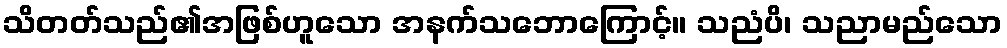
သိတတ်သည်၏အဖြစ်ဟူသော အနက်သဘောကြောင့်။ သညံပိ၊ သညာမည်သော